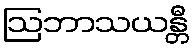
ဩဘာသယန္တီ